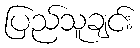
ပြည်သူချင်း